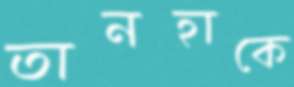
তানহাকে